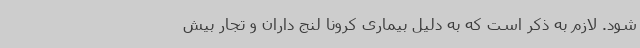
شود. لازم به ذکر است که به دلیل بیماری کرونا لنج داران و تجار بیش